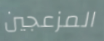
المزعجين